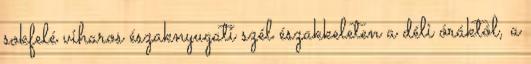
sokfelé viharos északnyugati szél északkeleten a déli óráktól, a